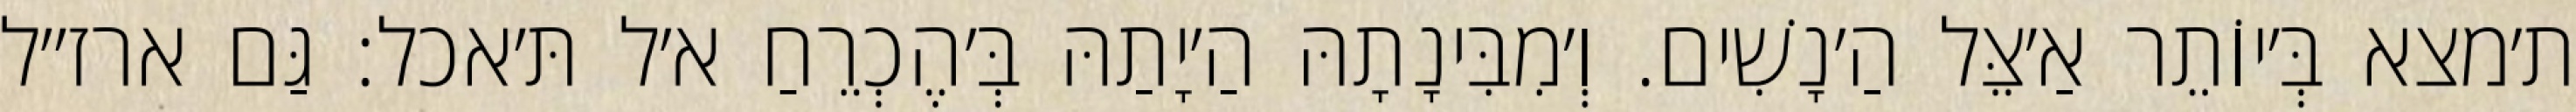
ת׳מצא בְּ׳יוֹתֵר אַ׳צֵּל הַ׳נָשִׁים. וְ׳מִבִּינָתָהּ הַ׳יָתַהּ בְּ׳הֶכְרֵחַ א׳ל תּ׳אכל: גַּם ארז״ל